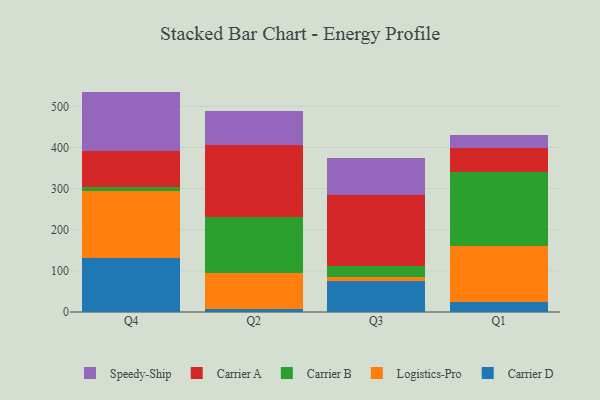
{"axis": {"x": "Quarter", "y": "Gross Profit (USD K)"}, "legend": ["Carrier A", "Carrier B", "Carrier D", "Logistics-Pro", "Speedy-Ship"], "data": [{"x": "Q4", "y": 130.8, "type": "Carrier D"}, {"x": "Q4", "y": 163.0, "type": "Logistics-Pro"}, {"x": "Q4", "y": 9.8, "type": "Carrier B"}, {"x": "Q4", "y": 86.8, "type": "Carrier A"}, {"x": "Q4", "y": 145.4, "type": "Speedy-Ship"}, {"x": "Q2", "y": 6.6, "type": "Carrier D"}, {"x": "Q2", "y": 87.9, "type": "Logistics-Pro"}, {"x": "Q2", "y": 136.3, "type": "Carrier B"}, {"x": "Q2", "y": 174.7, "type": "Carrier A"}, {"x": "Q2", "y": 82.7, "type": "Speedy-Ship"}, {"x": "Q3", "y": 76.5, "type": "Carrier D"}, {"x": "Q3", "y": 8.1, "type": "Logistics-Pro"}, {"x": "Q3", "y": 26.8, "type": "Carrier B"}, {"x": "Q3", "y": 173.5, "type": "Carrier A"}, {"x": "Q3", "y": 88.8, "type": "Speedy-Ship"}, {"x": "Q1", "y": 24.7, "type": "Carrier D"}, {"x": "Q1", "y": 136.9, "type": "Logistics-Pro"}, {"x": "Q1", "y": 178.2, "type": "Carrier B"}, {"x": "Q1", "y": 59.6, "type": "Carrier A"}, {"x": "Q1", "y": 30.2, "type": "Speedy-Ship"}]}